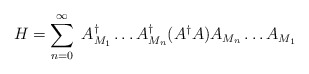
\begin{align*}H = \sum_{n=0}^{\infty} \; A^{\dagger}_{M_{1}} \ldots A^{\dagger}_{M_{n}}(A^{\dagger}A) A_{M_{n}} \ldots A_{M_{1}} \end{align*}